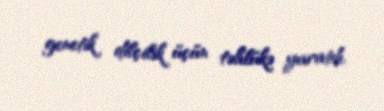
genetik dilçilik üçün təhlükə yaratdı.